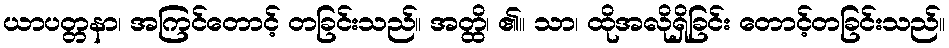
ယာပတ္တနာ၊ အကြင်တောင့် တခြင်းသည်။ အတ္ထိ၊ ၏။ သာ၊ ထိုအလိုရှိခြင်း တောင့်တခြင်းသည်။